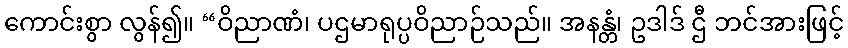
ကောင်းစွာ လွန်၍။ “ဝိညာဏံ၊ ပဌမာရုပ္ပဝိညာဉ်သည်။ အနန္တံ၊ ဥဒါဒ် ဌီ ဘင်အားဖြင့်